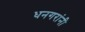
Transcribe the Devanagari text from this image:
धनगरांनी